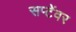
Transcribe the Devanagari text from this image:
सप्टेंवर